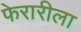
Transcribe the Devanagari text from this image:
फेरारीला